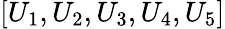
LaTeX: [U_{1},U_{2},U_{3},U_{4},U_{5}]